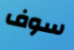
سوف